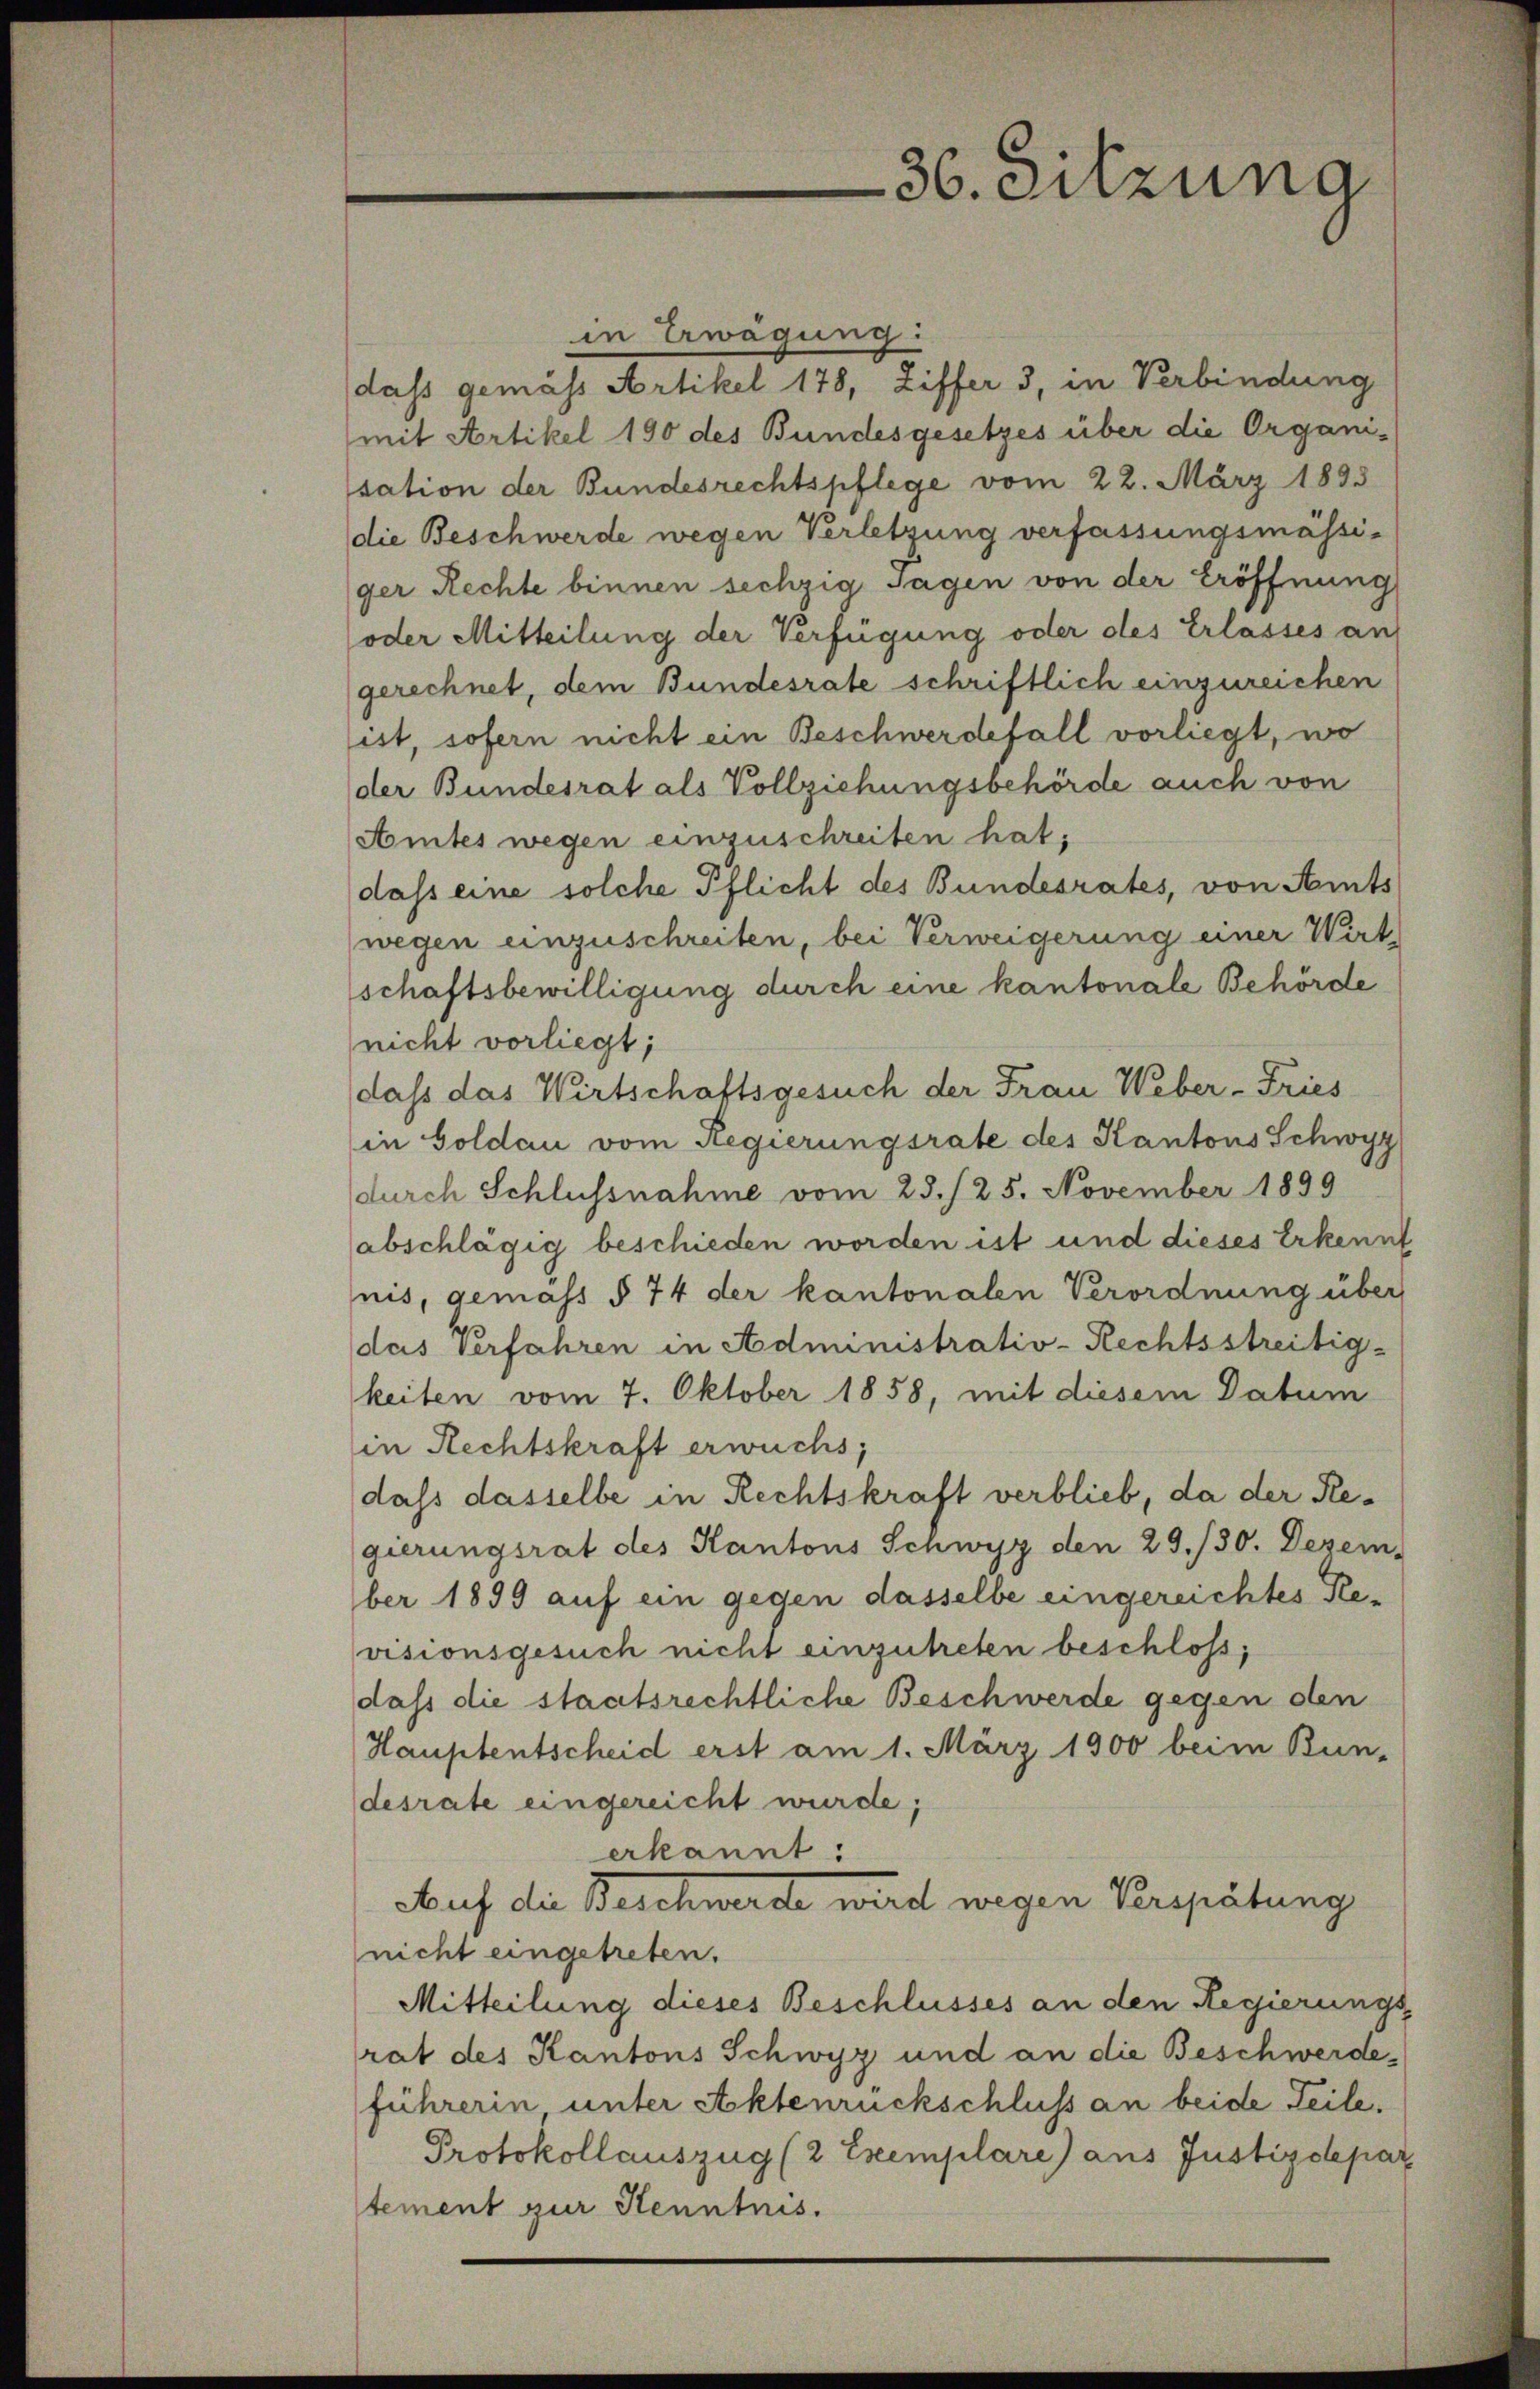
36. Sitzung

in Erwägung:
dass gemäss Artikel 178, Ziffer 3, in Verbindung
mit Artikel 190 des Bundesgesetzes über die Organi-
sation der Bundesrechtspflege vom 22. März 1833
die Beschwerde wegen Verletzung verfassungsmässi-
ger Rechte binnen sechzig Tagen von der Eröffnung
oder Mitteilung der Verfügung oder des Erlasses an
gerechnet, dem Bundesrate schriftlich einzureichen
ist, sofern nicht ein Beschwerdefall vorliegt, wo
der Bundesrat als Vollziehungsbehörde auch von
Amtes wegen einzuschreiten hat,
dass eine solche Pflicht des Bundesrates, von Amts
wegen einzuschreiten, bei Verweigerung einer Wirt
schaftsbewilligung durch eine kantonale Behörde
nicht vorliegt;
dass das Wirtschaftsgesuch der Frau Weber-Fries
in Goldau vom Regierungsrate des Kantons Schwyz
durch Schlussnahme vom 23./25. November 1899
abschlägig beschieden worden ist und dieses Erkennt
nis, gemäss § 74 der kantonalen Verordnung über
das Verfahren in Administrativ-Rechtsstreitig-
keiten vom 7. Oktober 1858, mit diesem Datum
in Rechtskraft erwuchs,
dass dasselbe in Rechtskraft verblieb, da der Regierungsrat des Kantons Schwyz den 29./30. Dezem
ber 1899 auf ein gegen dasselbe eingereichtes Reasionsgesuch nicht einzutreten beschloss;
dass die staatsrechtliche Beschwerde gegen den
Hauptentscheid erst am 1. März 1900 beim Bun-
desrate eingereicht wurde;
erkannt:
Auf die Beschwerde wird wegen Verspätung
nicht eingetreten.
Mitteilung dieses Beschlusses an den Regierungs
rat des Kantons Schwyz und an die Beschwerdeführerin unter Aktenrückschluss an beide Teile¬
Protokollauszug (2 Exemplare) aus Justizdepar
tement zur Kenntnis.